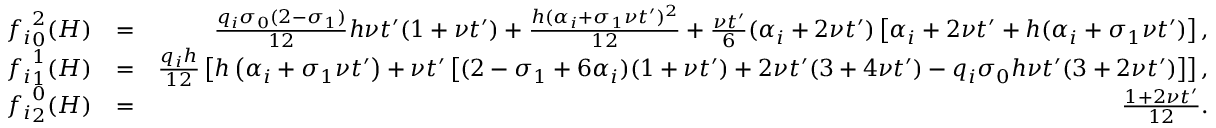
\begin{array} { r l r } { { f _ { i } } _ { 0 } ^ { 2 } ( H ) } & { = } & { \frac { q _ { i } \sigma _ { 0 } ( 2 - \sigma _ { 1 } ) } { 1 2 } h \nu t ^ { \prime } ( 1 + \nu t ^ { \prime } ) + \frac { h ( \alpha _ { i } + \sigma _ { 1 } \nu t ^ { \prime } ) ^ { 2 } } { 1 2 } + \frac { \nu t ^ { \prime } } { 6 } ( \alpha _ { i } + 2 \nu t ^ { \prime } ) \left[ \alpha _ { i } + 2 \nu t ^ { \prime } + h ( \alpha _ { i } + \sigma _ { 1 } \nu t ^ { \prime } ) \right] , } \\ { { f _ { i } } _ { 1 } ^ { 1 } ( H ) } & { = } & { \frac { q _ { i } h } { 1 2 } \left[ h \left( \alpha _ { i } + \sigma _ { 1 } \nu t ^ { \prime } \right) + \nu t ^ { \prime } \left[ ( 2 - \sigma _ { 1 } + 6 \alpha _ { i } ) ( 1 + \nu t ^ { \prime } ) + 2 \nu t ^ { \prime } ( 3 + 4 \nu t ^ { \prime } ) - q _ { i } \sigma _ { 0 } h \nu t ^ { \prime } ( 3 + 2 \nu t ^ { \prime } ) \right] \right] , } \\ { { f _ { i } } _ { 2 } ^ { 0 } ( H ) } & { = } & { \frac { 1 + 2 \nu t ^ { \prime } } { 1 2 } . } \end{array}